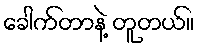
ခေါက်တာနဲ့ တူတယ်။